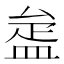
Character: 𥁱